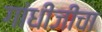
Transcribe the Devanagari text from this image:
गांधींजींचा